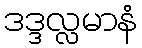
ဒဒ္ဒလ္လမာနံ